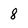
Character: 8